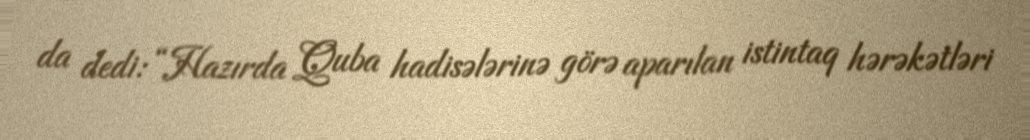
da dedi: “Hazırda Quba hadisələrinə görə aparılan istintaq hərəkətləri